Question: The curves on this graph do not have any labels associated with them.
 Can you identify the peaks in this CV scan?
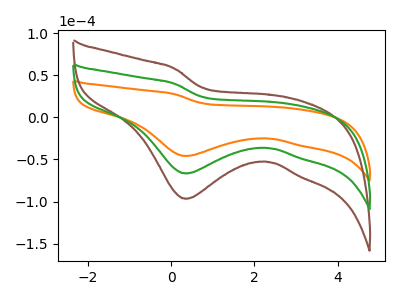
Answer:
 <answer>The orange curve "orange" has a cathodic peak at: (0.35V, -45.85uA). The brown curve "brown" has a cathodic peak at: (0.35V, -133.15uA). The green curve "green" has a cathodic peak at: (0.35V, -66.60uA).</answer>
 <eval></eval>